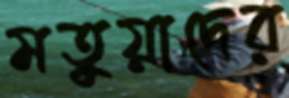
মতুয়াদের